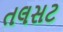
તલસટ